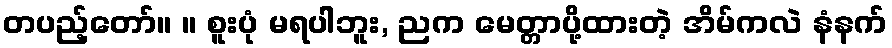
တပည့်တော်။ ။ စူးပုံ မရပါဘူး, ညက မေတ္တာပို့ထားတဲ့ အိမ်ကလဲ နံနက်